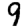
Digit: 9